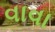
વાવા